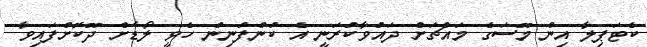
ކެޓަޕިލާ އިން މޫސަގެ މައްޗަށް ދައުވާކުރަނީ އެ ކުންފުނިން ހެވީ ލޯޑަށް ދޫކޮށްފައިވާ